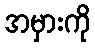
အမှားကို